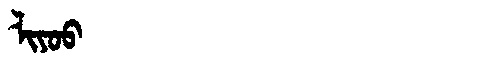
Manchu: ᠯᡳᠶᠣᠣ
Romanization: LIYOO